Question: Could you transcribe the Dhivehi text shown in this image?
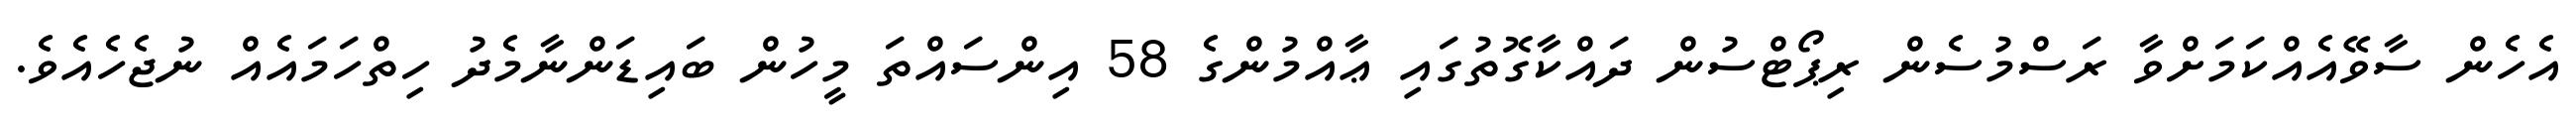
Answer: އެހެން ސާވޭއެއްކަމަށްވާ ރަސްމުސެން ރިޕޯޓްސުން ދައްކާގޮތުގައި ޢާއްމުންގެ 58 އިންސައްތަ މީހުން ބައިޑަންނާމެދު ހިތްހަމައެއް ނުޖެހެއެވެ.